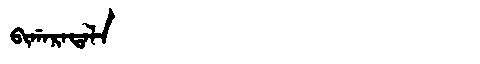
Manchu: ᠪᡳᡤᠠᡵᠠᡨᠠᠯᠠ
Romanization: BIGARATALA